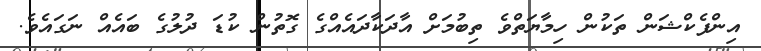
އިންފެކްޝަން ތަކުން ހިމާޔަތްވެ ތިބުމަށް އާދަކާދައެއްގެ ގޮތުން ކުޑަ ދުލުގެ ބައެއް ނަގައެވެ.